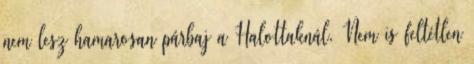
nem lesz hamarosan párbaj a Halottaknál. Nem is feltétlen